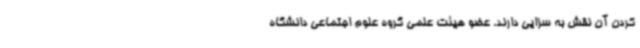
کردن آن نقش به سزایی دارند. عضو هیئت علمی گروه علوم اجتماعی دانشگاه